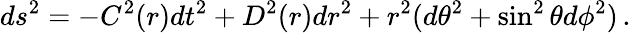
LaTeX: ds^{2}=-C^{2}(r)dt^{2}+D^{2}(r)dr^{2}+r^{2}(d\theta^{2}+\sin^{2}\theta d\phi^{2})\, .